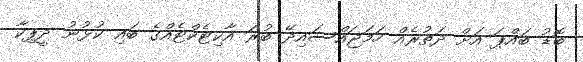
ބޮޑު ބައްޕަ އަށް ދަތުރެއް ހަމަޖައްސައިދޭ ބުރަ އާކިޓެކްޓެއްގެ ބައި ކުޅުނު ދީޕިކާ